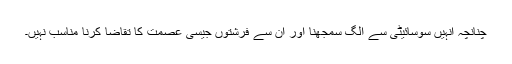
چنانچہ انہیں سوسائیٹی سے الگ سمجھنا اور ان سے فرشتوں جیسی عصمت کا تقاضا کرنا مناسب نہیں۔